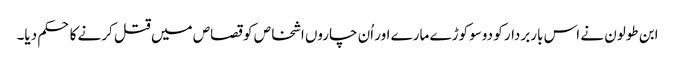
ابن طولون نے اس باربردار کو دوسو کوڑے مارے اور اُن چاروں اشخاص کو قصاص میں قتل کرنے کا حکم دیا۔